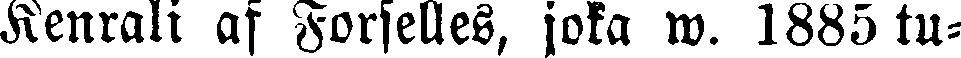
Kenrali af Forselles, joka w. 1885 tu-